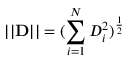
| | \mathbf { D } | | = ( \sum _ { i = 1 } ^ { N } D _ { i } ^ { 2 } ) ^ { \frac { 1 } { 2 } }